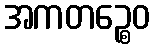
အကတဉ္စေဝ